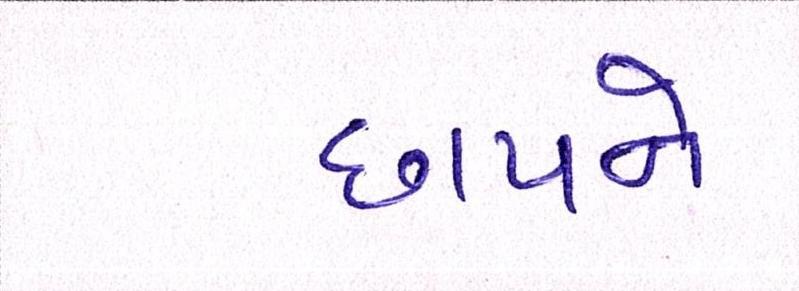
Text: છાપને